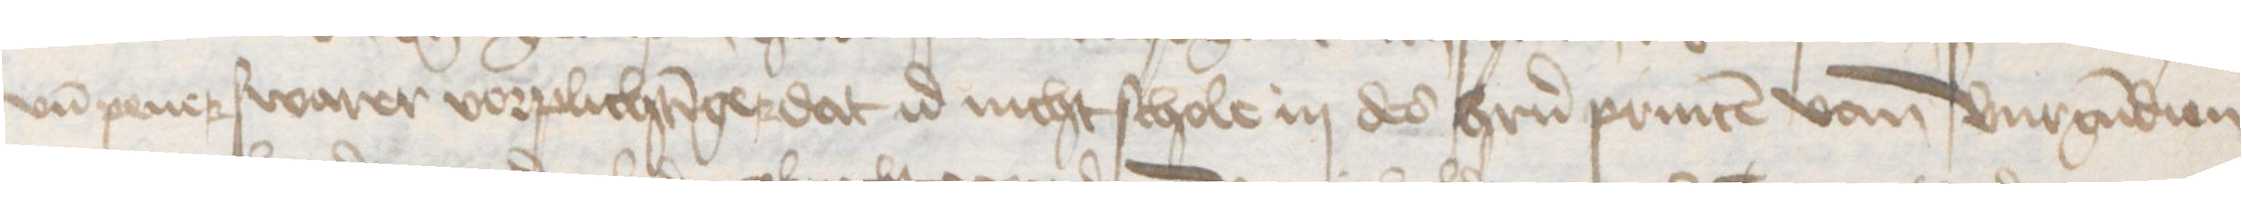
vnd pener swarer vorplichtinger dat id nicht schole in des herrn princen van Burgundien